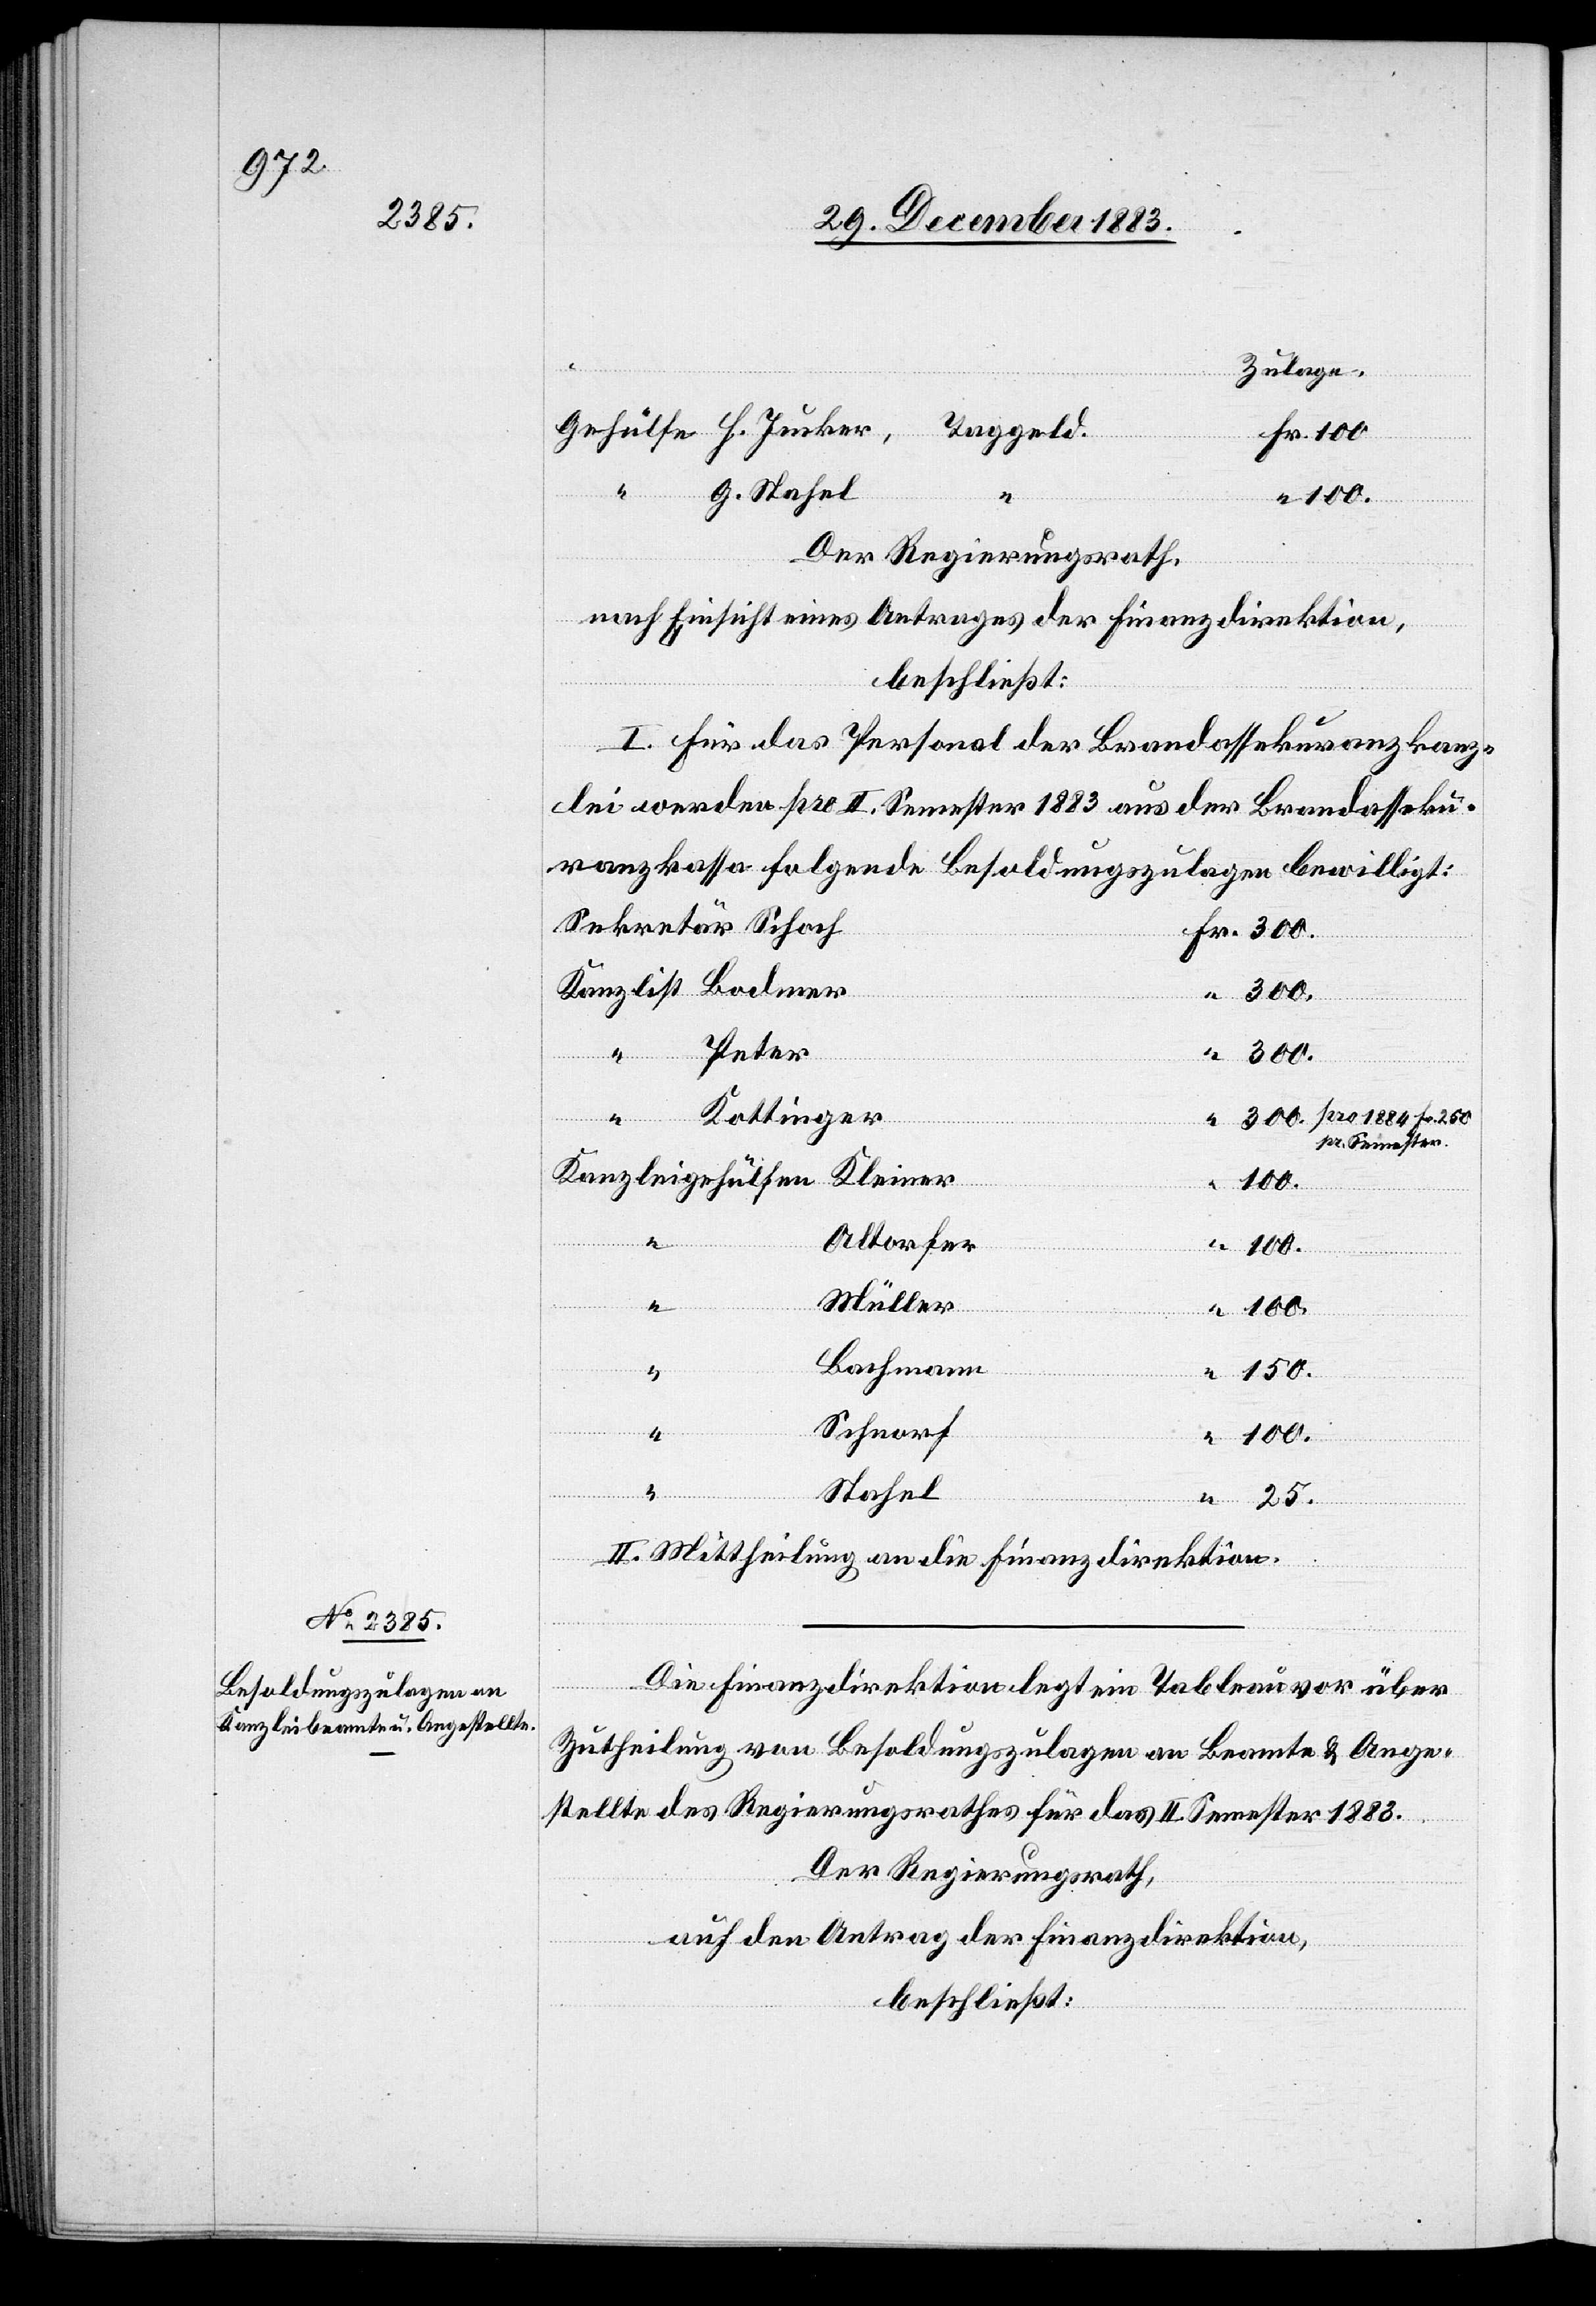
Zulage
Fr.
Taggeld
G. Stahel
Der Regierungsrath,
nach Einsicht eines Antrages der Finanzdirektion,
beschließt:
I. Für das Personal der Brandassekuranzkanz¬
lei werden pro II. Semester 1883 aus der Brandasseku¬
ranzkasse folgende Besoldungszulagen bewilligt:
Sekr¬
ehül¬
Kottinger
“
pr. Semester
150.
“
Altorfer
Kleiner
Müller
Bachmann
H.
Schnorf
100.
Stahel
25.
II. Mittheilung an die Finanzdirektion.
Die Finanzdirektion legt ein Tableau vor über
Zutheilung von Besoldungszulagen an Beamte & Ange¬
stellte des Regierungsrathes für das II. Semester 1883.
Der Regierungsrath,
fen
auf den Antrag der Finanzdirektion,
beschließt: